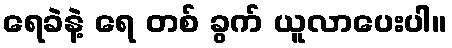
ရေခဲနဲ့ ရေ တစ် ခွက် ယူလာပေးပါ။